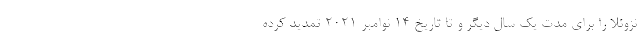
نزوئلا را برای مدت یک سال دیگر و تا تاریخ ۱۴ نوامبر ۲۰۲۱ تمدید کرده